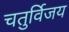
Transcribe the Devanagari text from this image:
चतुर्विजय